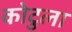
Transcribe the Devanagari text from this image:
कोटुला